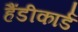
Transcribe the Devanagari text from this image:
हैंडीकार्ड